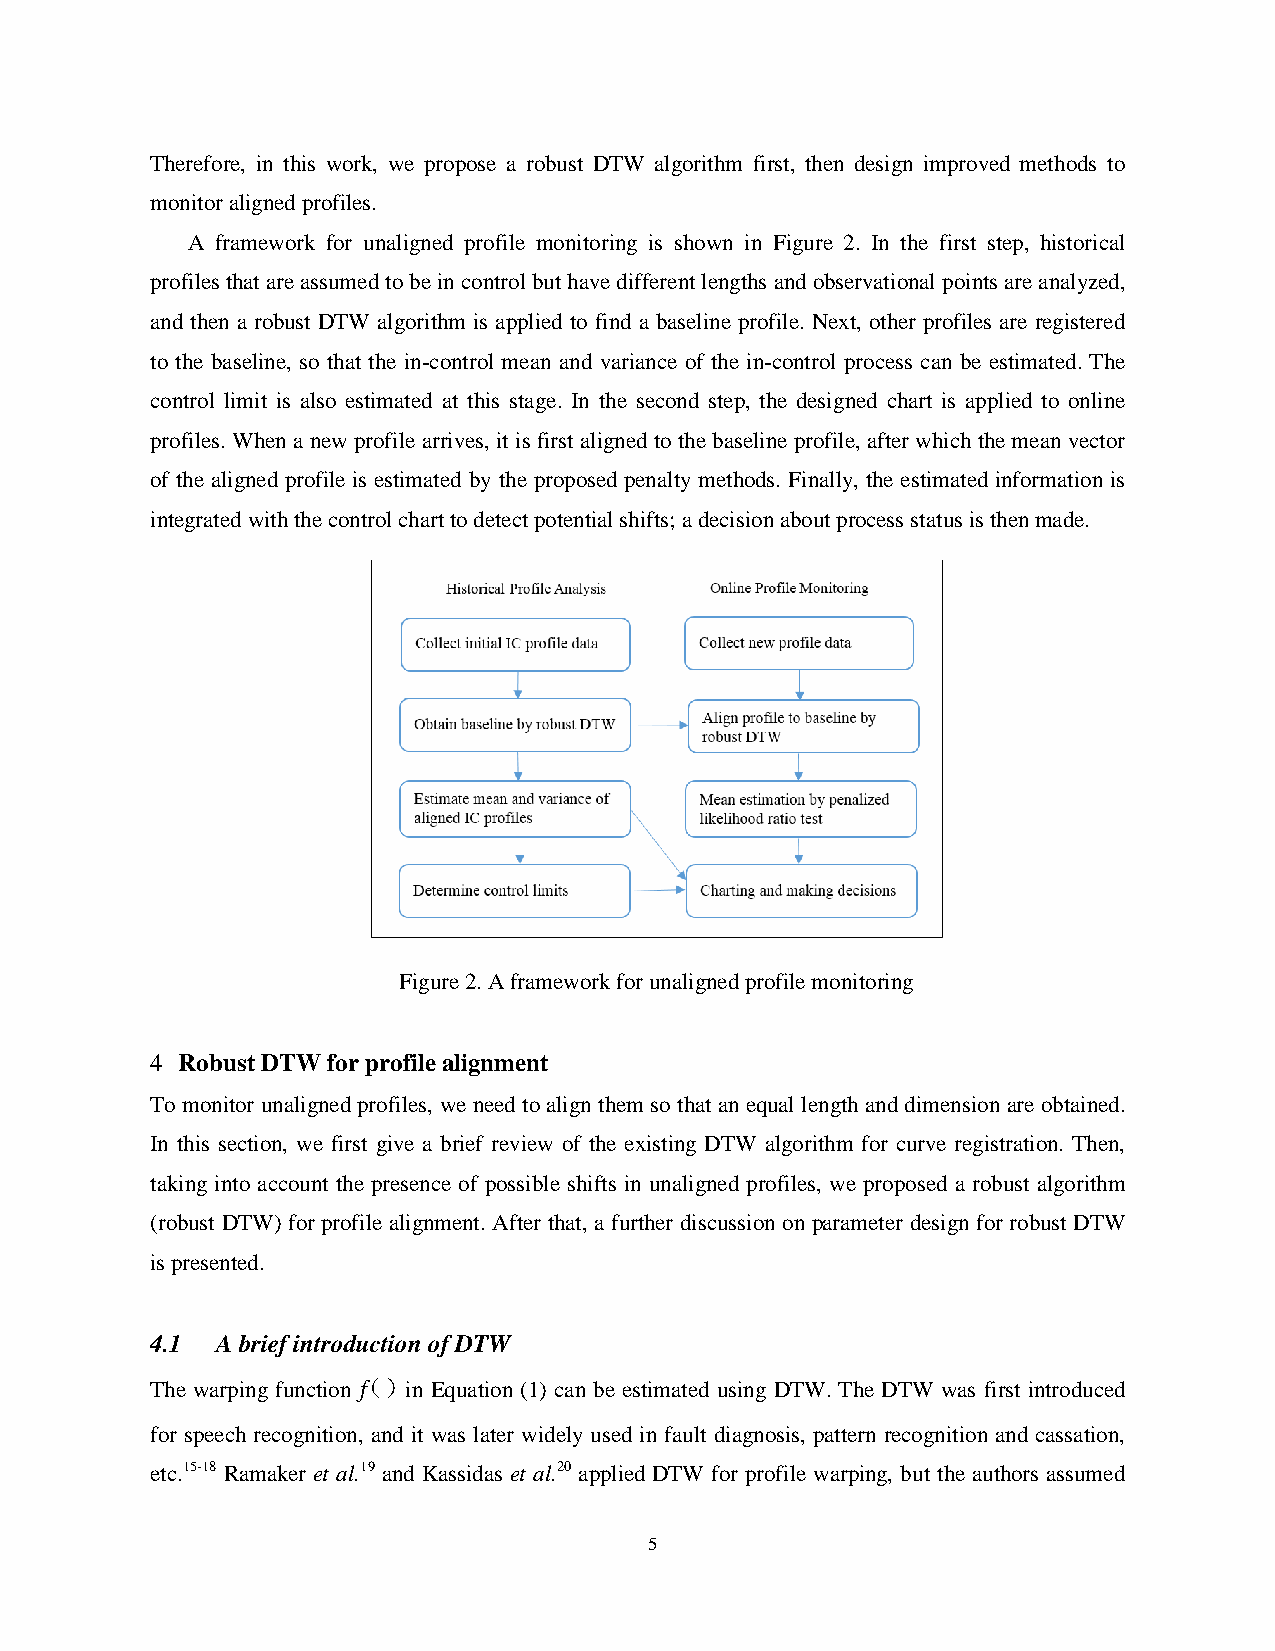
Therefore, in this work, we propose a robust DTW algorithm first, then design improved methods to
 monitor aligned profiles.
 A framework for unaligned profile monitoring is shown in Figure 2. In the first step, historical
 profiles that are assumed to be in control but have different lengths and observational points are analyzed,
 and then a robust DTW algorithm is applied to find a baseline profile. Next, other profiles are registered
 to the baseline, so that the in-control mean and variance of the in-control process can be estimated. The
 control limit is also estimated at this stage. In the second step, the designed chart is applied to online
 profiles. When a new profile arrives, it is first aligned to the baseline profile, after which the mean vector
 of the aligned profile is estimated by the proposed penalty methods. Finally, the estimated information is
 integrated with the control chart to detect potential shifts; a decision about process status is then made.
 Figure 2. A framework for unaligned profile monitoring
 4 Robust DTW for profile alignment
 To monitor unaligned profiles, we need to align them so that an equal length and dimension are obtained.
 In this section, we first give a brief review of the existing DTW algorithm for curve registration. Then,
 taking into account the presence of possible shifts in unaligned profiles, we proposed a robust algorithm
 (robust DTW) for profile alignment. After that, a further discussion on parameter design for robust DTW
 is presented.
 4.1 A brief introduction of DTW
 The warping function （f ） in Equation (1) can be estimated using DTW. The DTW was first introduced
 for speech recognition, and it was later widely used in fault diagnosis, pattern recognition and cassation,
 etc.15-18 Ramaker et al.19 and Kassidas et al.20 applied DTW for profile warping, but the authors assumed
 5